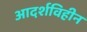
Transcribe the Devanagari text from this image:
आदर्शविहीन